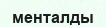
менталды